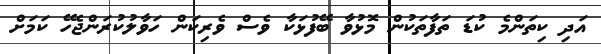
އަދި ކިތަންމެ ކުޑަ ތަފާތަކުން މޮޅުވާ ބޭފުޅަކާ ވެސް ވެރިކަން ހަވާލުކުރަންޖެހޭ ކަމަށް